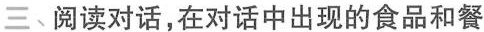
三,阅读对话,在对话中出现的食品和餐